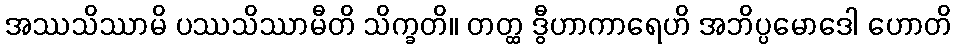
အဿသိဿာမိ ပဿသိဿာမီတိ သိက္ခတိ။ တတ္ထ ဒွီဟာကာရေဟိ အဘိပ္ပမောဒေါ ဟောတိ